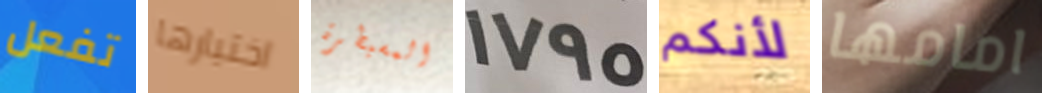
تفعل اختيارها المسيطرة 1795 لأنكم امامها